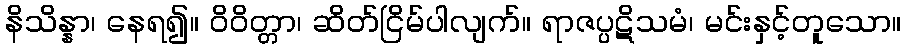
နိသိန္နာ၊ နေရ၍။ ဝိဝိတ္တာ၊ ဆိတ်ငြိမ်ပါလျက်။ ရာဇပ္ပဋိသမံ၊ မင်းနှင့်တူသော။